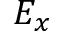
E _ { x }